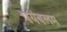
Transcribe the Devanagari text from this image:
पयंबलम